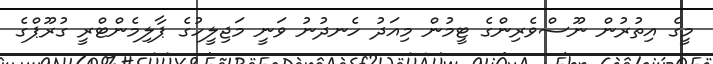
މީގެ އިތުރުން ނޫސްވެރިންގެ ޓީމުން މިއަދު ހެނދުނު ވަނީ މަޖިލީހުގެ ޕާލިމެންޓްރީ ގުރޫޕްގެ